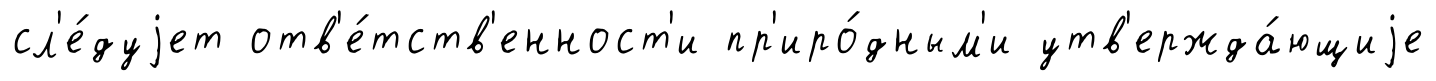
сл'е́дуjет отв'е́тств'енност'и пр'иро́дным'и утв'ержда́ющиjе